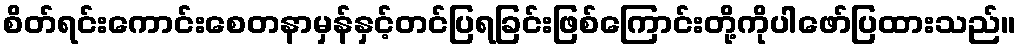
စိတ်ရင်းကောင်းစေတနာမှန်နှင့်တင်ပြရခြင်းဖြစ်ကြောင်းတို့ကိုပါဖော်ပြထားသည်။